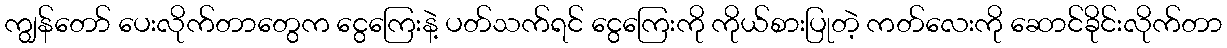
ကျွန်တော် ပေးလိုက်တာတွေက ငွေကြေးနဲ့ ပတ်သက်ရင် ငွေကြေးကို ကိုယ်စားပြုတဲ့ ကတ်လေးကို ဆောင်ခိုင်းလိုက်တာ